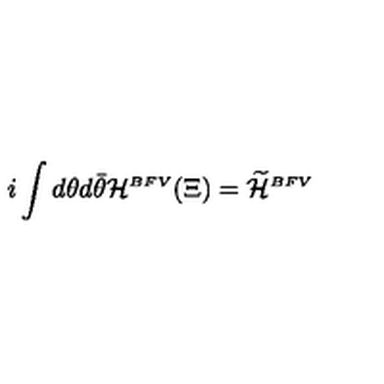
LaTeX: i \int d \theta d \bar { \theta } { \cal H } ^ { \scriptscriptstyle B F V } ( \Xi ) = \widetilde { \cal { H } } ^ { \scriptscriptstyle B F V }